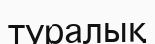
туралық